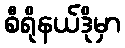
စီရိုနယ်ဒိုမှာ